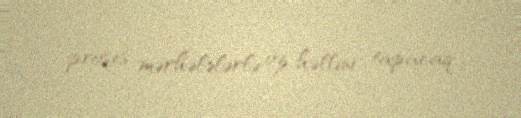
proses mərhələlərlə öz həllini tapacaq.